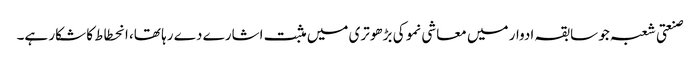
صنعتی شعبہ جو سابقہ ادوار میں معاشی نمو کی بڑھوتری میں مثبت اشارے دے رہا تھا، انحطاط کا شکار ہے۔